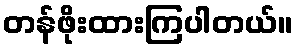
တန်ဖိုးထားကြပါတယ်။